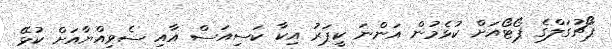
ޕޯޗުގަލްގެ ޕޯޓޯއަށް ކުޅެމުން އަންނަ ކީޕަރު އިކާ ކަސިއަސް އާއި ސެވިއްޔާއަށް ކުޅޭ